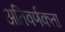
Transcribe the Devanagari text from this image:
अतिवर्णकता